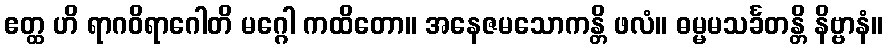
ဧတ္ထ ဟိ ရာဂဝိရာဂေါတိ မဂ္ဂေါ ကထိတော။ အနေဇမသောကန္တိ ဖလံ။ ဓမ္မမသင်္ခတန္တိ နိဗ္ဗာနံ။